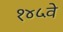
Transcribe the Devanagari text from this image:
१४५वे